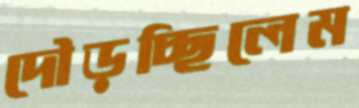
দৌড়চ্ছিলেম